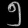
Digit: ၅